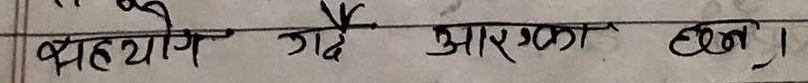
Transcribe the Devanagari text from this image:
ब्रह्योग गये आरका क्षन।